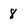
Character: 8